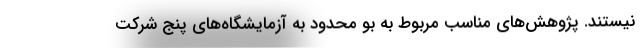
نیستند. پژوهش‌های مناسب مربوط به بو محدود به آزمایشگاه‌های پنج شرکت